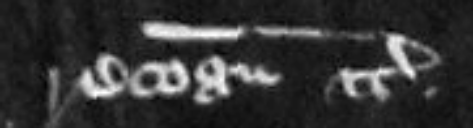
recognoscendum etc